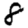
Digit: 8